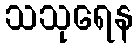
သသုရေန